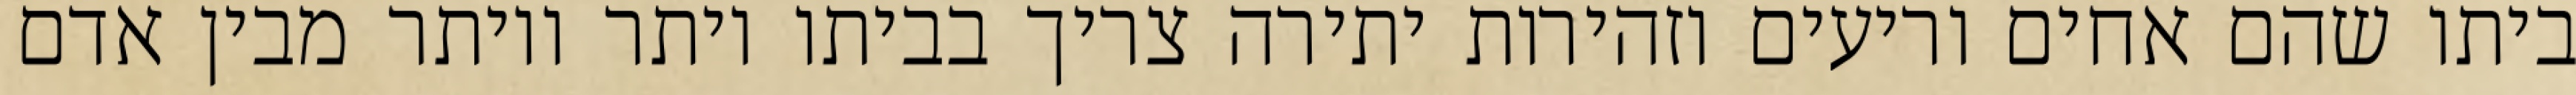
ביתו שהם אחים וריעים וזהירות יתירה צריך בביתו יותר ויותר מבין אדם